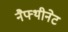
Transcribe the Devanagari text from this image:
नैफ्थीनेट